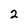
Character: 2